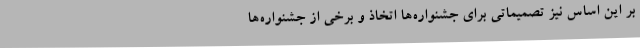
بر این اساس نیز تصمیماتی برای جشنواره‌ها اتخاذ و برخی از جشنواره‌ها